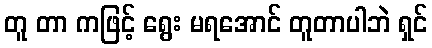
တူ တာ ကဖြင့် ရွေး မရအောင် တူတာပါဘဲ ရှင်